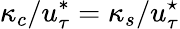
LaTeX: \kappa_{c}/u_{\tau}^{*}=\kappa_{s}/u_{\tau}^{\star}